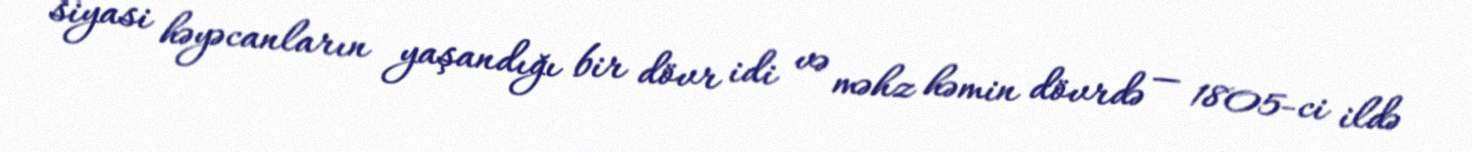
siyasi həyəcanların yaşandığı bir dövr idi və məhz həmin dövrdə — 1805-ci ildə